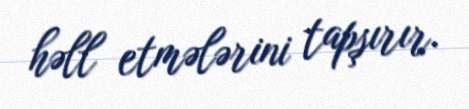
həll etmələrini tapşırır.